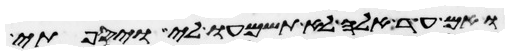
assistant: ואם עד אלה לא תשמעו לי ויספתי